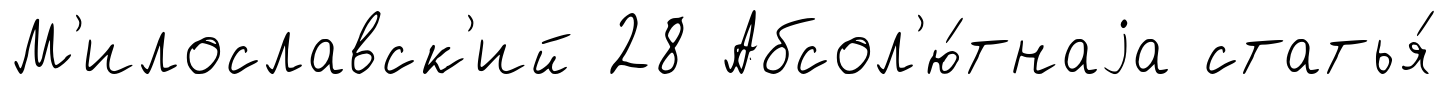
М'илославск'ий 28 Абсол'ю́тнаjа статья́